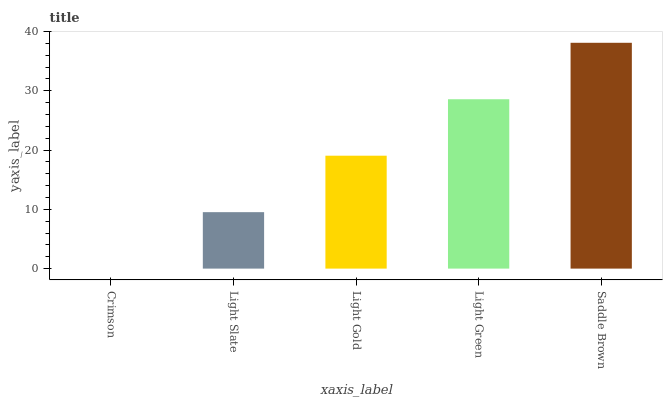
| xaxis_label | bars |
 | --- | --- |
 | Crimson | 0 |
 | Light Slate | 9.53 |
 | Light Gold | 19.1 |
 | Light Green | 28.6 |
 | Saddle Brown | 38.1 |